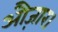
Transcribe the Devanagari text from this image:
औज़ार।